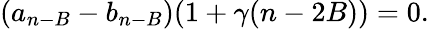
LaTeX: (a_{n-B}-b_{n-B})(1+\gamma(n-2B))=0.